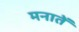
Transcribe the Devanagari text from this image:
मनातें